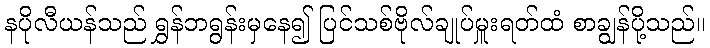
နပိုလီယန်သည် ရွှန်ဘရွန်းမှနေ၍ ပြင်သစ်ဗိုလ်ချုပ်မှူးရတ်ထံ စာချွန်ပို့သည်။